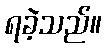
ရခဲ့သည်။